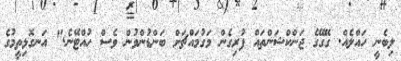
ލިބެނީ ހައްލެއް. ގޭގޭގެ ޖަންކްޝަންތައް ފުރިގެން މަގުމައްޗަށް ބަންޑުންވުން ވެސް ހުއްޓޭނެ